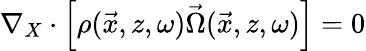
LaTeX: \nabla_{X}\cdot\left[\rho(\vec{x},z,\omega)\vec{\Omega}(\vec{x},z,\omega)\right]=0